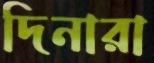
দিনারা